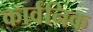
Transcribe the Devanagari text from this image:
कार्वनिक